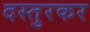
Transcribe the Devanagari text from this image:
दस्तुरकर